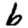
Digit: 6